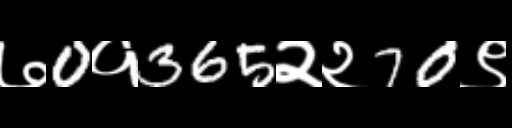
Text: ७0१365२२70९